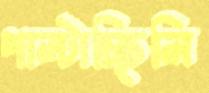
পাল্‌টাচ্ছিলি